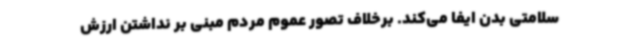
سلامتی بدن ایفا می‌کند. برخلاف تصور عموم مردم مبنی بر نداشتن ارزش‌